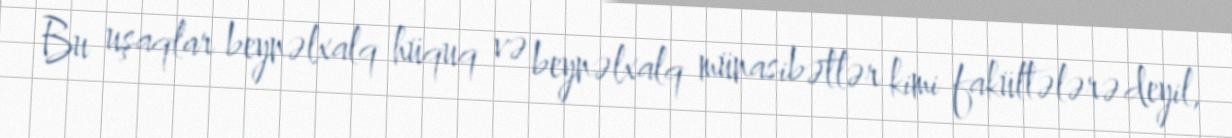
Bu uşaqlar beynəlxalq hüquq və beynəlxalq münasibətlər kimi fakültələrə deyil,